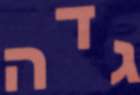
גדה